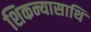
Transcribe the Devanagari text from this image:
शिकन्यासाथि